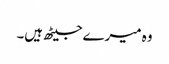
وہ میرے جیٹھ ہیں۔